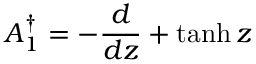
A _ { 1 } ^ { \dagger } = - { \frac { d } { d z } } + \operatorname { t a n h } z